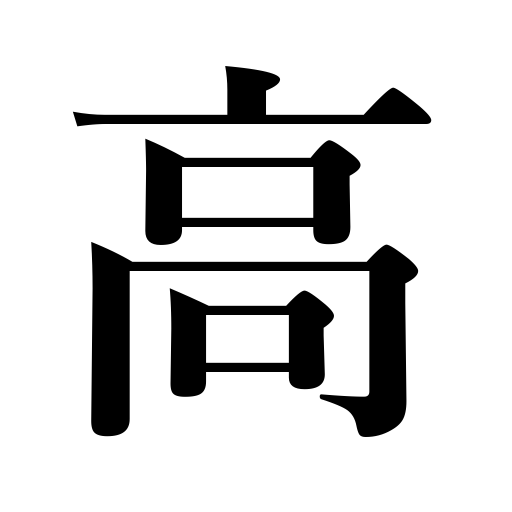
Meanings: amount,raise,heighten,tall,stentorian,lift,lofty,increase,ennoble,expensive,high,swell,elevated,rise in prices,quantity,rise,noble,enhance,eminent,be promoted,elevate,volume,fief,boost,widely known,be elevated,exalted,loud,raised,improve,sum,promote